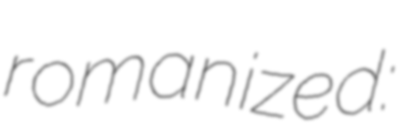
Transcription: romanized: